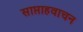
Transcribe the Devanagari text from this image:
साप्ताहवाचन